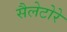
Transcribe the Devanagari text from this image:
सैलेटोरे